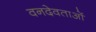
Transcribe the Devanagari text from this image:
वनदेवताओं